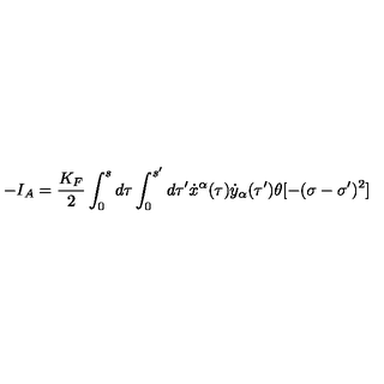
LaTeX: - I _ { A } = \frac { K _ { F } } { 2 } \int _ { 0 } ^ { s } d \tau \int _ { 0 } ^ { s ^ { \prime } } d \tau ^ { \prime } \dot { x } ^ { \alpha } ( \tau ) \dot { y } _ { \alpha } ( \tau ^ { \prime } ) \theta [ - ( \sigma - \sigma ^ { \prime } ) ^ { 2 } ]